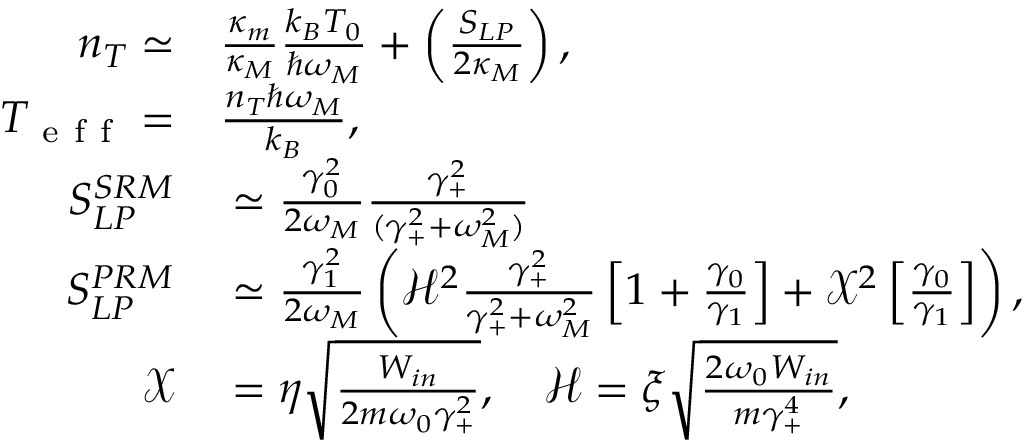
\begin{array} { r l } { n _ { T } \simeq } & { { } \frac { \kappa _ { m } } { \kappa _ { M } } \frac { k _ { B } T _ { 0 } } { \hslash \omega _ { M } } + \left( \frac { S _ { L P } } { 2 \kappa _ { M } } \right) , } \\ { T _ { \mathrm { ~ e ~ f ~ f ~ } } = } & { { } \frac { n _ { T } \hslash \omega _ { M } } { k _ { B } } , } \\ { S _ { L P } ^ { S R M } } & { { } \simeq \frac { \gamma _ { 0 } ^ { 2 } } { 2 \omega _ { M } } \frac { \gamma _ { + } ^ { 2 } } { ( \gamma _ { + } ^ { 2 } + \omega _ { M } ^ { 2 } ) } } \\ { S _ { L P } ^ { P R M } } & { { } \simeq \frac { \gamma _ { 1 } ^ { 2 } } { 2 \omega _ { M } } \left( \mathcal { H } ^ { 2 } \frac { \gamma _ { + } ^ { 2 } } { \gamma _ { + } ^ { 2 } + \omega _ { M } ^ { 2 } } \left[ 1 + \frac { \gamma _ { 0 } } { \gamma _ { 1 } } \right] + \mathcal { X } ^ { 2 } \left[ \frac { \gamma _ { 0 } } { \gamma _ { 1 } } \right] \right) , } \\ { \mathcal { X } } & { { } = \eta \sqrt \frac { W _ { i n } } { 2 m \omega _ { 0 } \gamma _ { + } ^ { 2 } } , \quad \mathcal { H } = \xi \sqrt \frac { 2 \omega _ { 0 } W _ { i n } } { m \gamma _ { + } ^ { 4 } } , } \end{array}